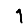
Digit: 1